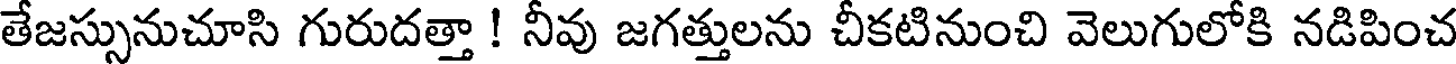
తేజస్సునుచూసి గురుదత్తా ! నీవు జగత్తులను చీకటినుంచి వెలుగులోకి నడిపించ